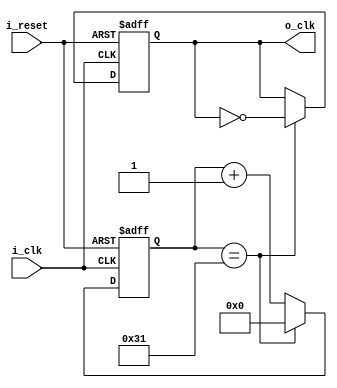
`timescale 1ns / 1ps

module clock_divider(
        input i_clk,
        input i_reset,
        output o_clk
    );

    reg r_clk = 0;
    reg[7:0] r_counter = 0; // 8bit // 100 count
    assign o_clk = r_clk;

    always @(posedge i_clk or posedge i_reset) begin
        if(i_reset)begin
            r_clk <= 1'b0;
            r_counter <= 0;
        end
        else begin
            // 100MHz -> 1MHz (1kHz )
            // x = 100M/1M
            // x = 100
            // 100 / 2 - 1
            if(r_counter == 50 - 1) begin
                r_counter <= 0;
                r_clk <= ~r_clk;
            end

            else begin
                r_counter <= r_counter + 1;
            end
        end
        
    end
endmodule